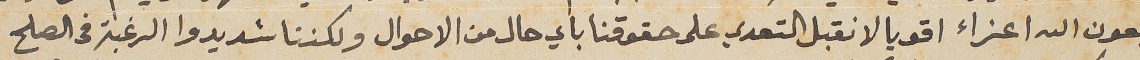
بعون الله اعزاء اقويا لا نقبل التعدي على حقوقنا باي حال من الاحوال ولكننا شديدوا الرغبة فى الصلح